Vaccination North-Western Provinces and Oudh 1896-1901 - 1896-1901
Year: 1896
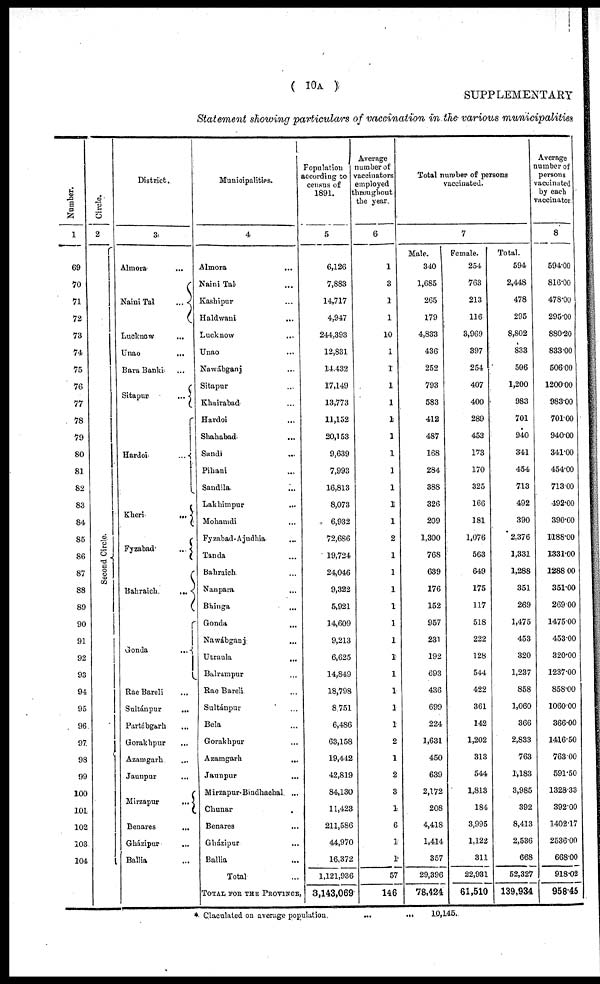
( 10A )
SUPPLEMENTARY
Statement showing particulars of vaccination in the various municipalities
Number.
1
69
70
71
72
73
74
75
76
77
78
79
80
81
82
83
84
85
86
87
88
89
90
91
92
93
94
95
96
97
98
99
100
101
102
103
104
Circle.
2
Second Circle.
District.
3
Almora ...
Naini Tal
...
Lucknow ...
Unao ...
Bara Banki ...
Sitapur
...
Hardoi
...
Kheri
...
Fyzabad
...
Bahraich
...
Gonda
...
Rae Bareli ...
Sultánpur
...
Partábgarh ...
Gorakhpur ...
Azamgarh ...
Jaunpur ...
Mirzapur
...
Benares
...
Gházipur ...
Ballia ...
Municipalities.
4
Almora ...
Naini Tal ...
Kashipur ...
Haldwani ...
Lucknow ...
Unao ...
Nawábganj ...
Sitapur ...
Khairabad ...
Hardoi ...
Shahabad ...
Sandi ...
Pihani ...
Sandila ...
Lakhimpur ...
Mohamdi ...
Fyzabad-Ajudhia ...
Tanda ...
Bahraich ...
Nanpara ...
Bhinga
...
Gonda ...
Nawábganj ...
Utraula ...
Balrampur ...
Rae Bareli ...
Sultánpur ...
Bela ...
Gorakhpur ...
Azamgarh
...
Jaunpur ...
Mirzapur-Bindhachal ...
Chunar ...
Benares ...
Gházipur ...
Ballia ...
Total ...
TOTAL FOR THE PROVINCE,
Population
according to
census of
1891.
5
6,126
7,883
14,717
4,947
244,393
12,831
14,432
17,149
13,773
11,152
20,153
9,639
7,993
16,813
8,073
6,932
72,686
19,724
24,046
9,322
5,921
14,609
9,213
6,625
14,849
18,798
8,751
6,486
63,158
19,442
42,819
84,130
11,423
211,586
44,970
16,372
1,121,936
3,143,069
Average
number of
vaccinators
employed
throughout
the year.
6
1
3
1
1
10
1
1
1
1
1
1
1
1
1
1
1
2
1
1
1
1
1
1
1
1
1
1
1
2
1
2
3
1
6
1
1
57
146
Total number of persons
vaccinated.
7
Male.
340
1,685
265
179
4,833
436
252
793
583
412
487
168
284
388
326
209
1,300
768
639
176
152
957
231
192
693
436
699
224
1,631
450
639
2,172
208
4,418
1,414
357
29,396
78,424
Female.
254
763
213
116
3,969
397
254
407
400
289
453
173
170
325
166
181
1,076
563
649
175
117
518
222
128
544
422
361
142
1,202
313
544
1,813
184
3,995
1,122
311
22,931
61,510
Total.
594
2,448
478
295
8,802
833
506
1,200
983
701
940
341
454
713
492
390
2,376
1,331
1,288
351
269
1,475
453
320
1,237
858
1,060
366
2,833
763
1,183
3,985
392
8,413
2,536
668
52,327
139,934
Average
number of
persons
vaccinated
by each
vaccinator.
8
594.00
816.00
478.00
295.00
880.20
833.00
506.00
1200.00
983.00
701.00
940.00
341.00
454.00
713.00
492.00
390.00
1188.00
1331.00
1288.00
351.00
269.00
1475.00
453.00
320.00
1237.00
858.00
1060.00
366.00
1416.50
763.00
591.50
1328.33
392.00
1402.17
2536.00
668.00
918.02
958.45
* Claculated on average population
...
...
10,145.